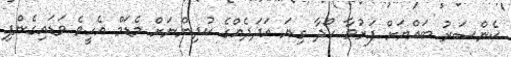
ކެންސަރު ބައްޔަށް ފަރުވާ ހޯދާ ގިނަ އަދަދެއްގެ ކުދިންނަށް މެޑަމް އެހީވެ ވަޑައިގެންފި